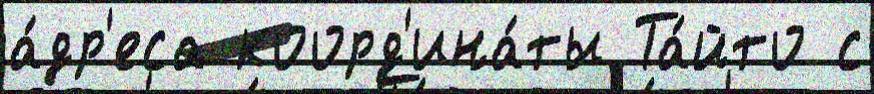
а́др'еса коорд'ина́ты Та́йто с